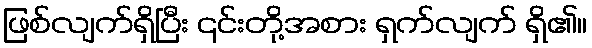
ဖြစ်လျက်ရှိပြီး ၎င်းတို့အစား ရှက်လျက် ရှိ၏။